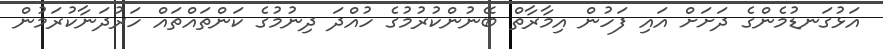
އަޅުގަނޑުމެންގެ ދަށަށް އައި ފަހުން އިމާރާތް ބޭނުންކުރުމުގެ ހުއްދަ ދިނުމުގެ ކަންތައްތައް ހަރުދަނާކުރަމުން